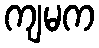
ကျမက